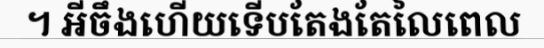
។ អីចឹងហើយទើបតែងតែលៃពេល